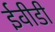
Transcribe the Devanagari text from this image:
ईवीडी